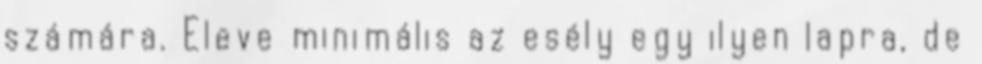
számára. Eleve minimális az esély egy ilyen lapra, de